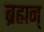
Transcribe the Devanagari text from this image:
ब्रह्यन्‌